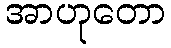
အာဟုတော